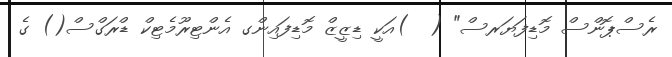
ރެސްޕޮންސް މޮޑިފަޔަރސް" (  )އަކީ ޑިޒީޒް މޮޑިފައިންގ އެންޓިރޫމެޓިކް ޑްރަގްސް() ގެ